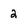
Character: 2